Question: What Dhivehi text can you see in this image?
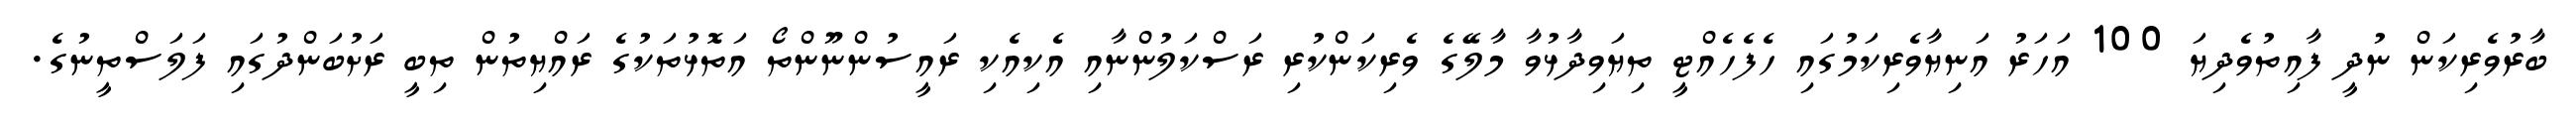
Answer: ބާރުވެރިކަން ނުދީ ފާއިތުވެދިޔަ 100 އަހަރު އަނިޔާވެރިކަމުގައި ހެފެހެއްޓީ ތިޔަވިދާޅުވާ މާލޭގެ ވެރިކަންކުރި ރަސްކަލުންނާއި އެކިއެކި ރައީސުންނޫންތޯ އަތޮޅުތަކުގެ ރައްޔިތުން ތިބީ ރަށުބަންދުގައި ފަލަސްތީނުގެ.